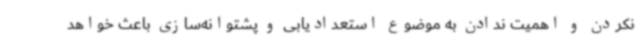
نکردن و اهمیت ندادن به موضوع استعدادیابی و پشتوانه‌سازی باعث خواهد